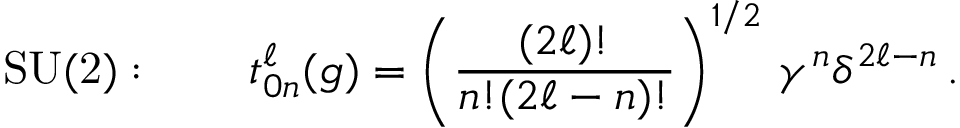
\mathrm { S U ( 2 ) } : \qquad t _ { 0 n } ^ { \ell } ( g ) = \left( \frac { ( 2 \ell ) ! } { n ! { ( 2 \ell - n ) ! } } \right) ^ { 1 / 2 } \, \gamma ^ { n } \delta ^ { 2 \ell - n } \, .